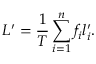
L ^ { \prime } = \frac { 1 } { T } \sum _ { i = 1 } ^ { n } f _ { i } l _ { i } ^ { \prime } .